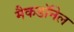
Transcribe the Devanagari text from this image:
मैकडाॅनेल